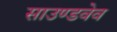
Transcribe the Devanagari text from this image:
साउण्डवेव